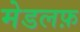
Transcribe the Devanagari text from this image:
मेडलफ़